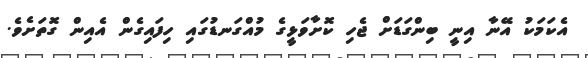
އެކަމަކު އޭނާ އިނީ ބިންގަޑަށް ޖެހި ކޮށާވަޅީގެ މުއްގަނޑުގައި ހިފައިގެން އެއިން ގޮތަށެވެ.